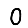
Digit: 0